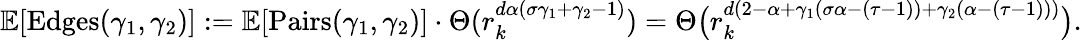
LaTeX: \mathbb E[\mathrm{Edges}(\gamma_{1},\gamma_{2})]:=\mathbb E[\mathrm{Pairs}(\gamma_{1},\gamma_{2})]\cdot\Theta(r_{k}^{d\alpha(\sigma\gamma_{1}+\gamma_{2}-1)})=\Theta\big(r_{k}^{d(2-\alpha+\gamma_{1}(\sigma\alpha-(\tau-1))+\gamma_{2}(\alpha-(\tau-1)))}\big).